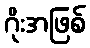
ဂိုးအဖြစ်